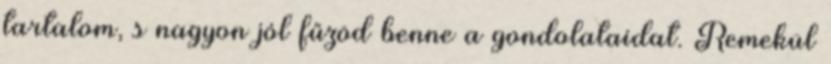
tartalom, s nagyon jól fűzöd benne a gondolataidat. Remekül